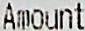
AMOUNT